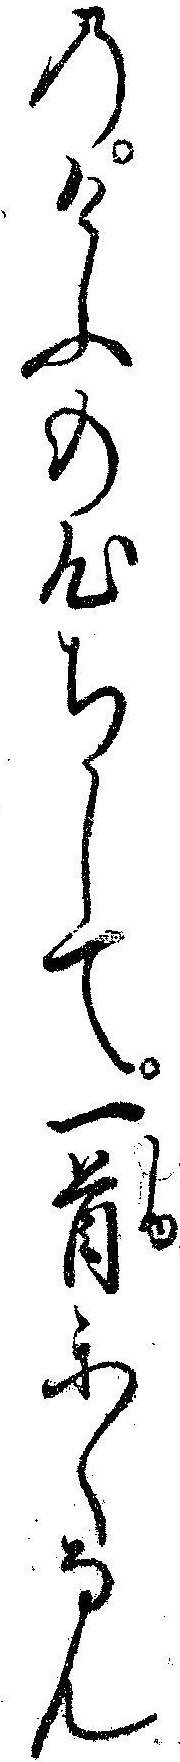
のけふの心ちして一首かくなん